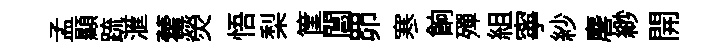
孟顯䟽滙藿熒悟梨筐閶𦊑寒餉殫組寧紗麐緲開